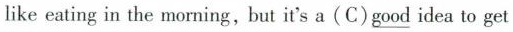
like eating in the morning, but it's a (C) \underline{good} idea to get